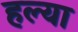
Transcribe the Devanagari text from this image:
हल्या